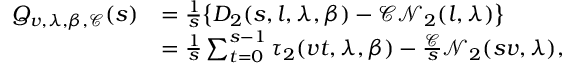
\begin{array} { r l } { Q _ { v , \lambda , \beta , \mathcal { C } } ( s ) } & { = \frac { 1 } { s } \big \{ D _ { 2 } ( s , l , \lambda , \beta ) - \mathcal { C } \mathcal { N } _ { 2 } ( l , \lambda ) \big \} } \\ & { = \frac { 1 } { s } \sum _ { t = 0 } ^ { s - 1 } \tau _ { 2 } ( v t , \lambda , \beta ) - \frac { \mathcal { C } } { s } \mathcal { N } _ { 2 } ( s v , \lambda ) , } \end{array}